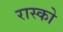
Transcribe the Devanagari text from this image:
रास्को